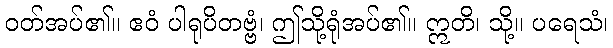
ဝတ်အပ်၏။ ဧဝံ ပါရုပိတဗ္ဗံ၊ ဤသို့ရုံအပ်၏။ ဣတိ၊ သို့။ ပရေသံ၊